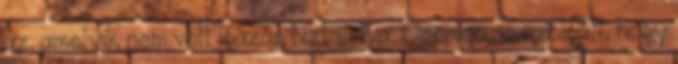
az, amelyik nem volt igazán biztosítva. Örömömre szolgált, hogy